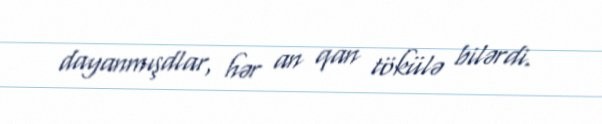
dayanmışdlar, hər an qan tökülə bilərdi.